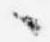
々